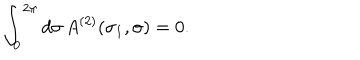
LaTeX: \int _ { 0 } ^ { 2 \pi } d \sigma \, A ^ { ( 2 ) } ( \sigma _ { 1 } , \sigma ) = 0 .